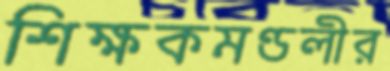
শিক্ষকমণ্ডলীর